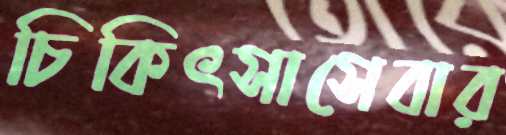
চিকিৎসাসেবার